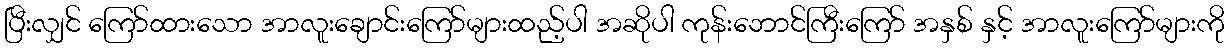
ပြီးလျှင် ကြော်ထားသော အာလူးချောင်းကြော်များထည့်ပါ အဆိုပါ ကုန်းဘောင်ကြီးကြော် အနှစ် နှင့် အာလူးကြော်များကို